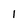
Character: 1